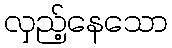
လှည့်နေသော